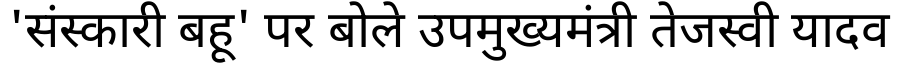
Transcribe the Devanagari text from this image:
'संस्कारी बहू' पर बोले उपमुख्यमंत्री तेजस्वी यादव